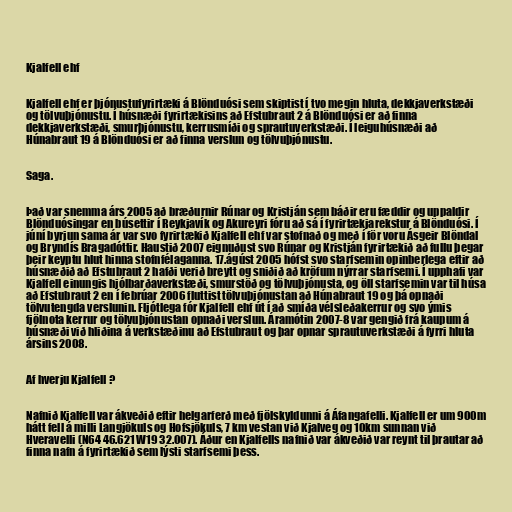
Kjalfell ehf

Kjalfell ehf er þjónustufyrirtæki á Blönduósi sem skiptist í tvo megin hluta, dekkjaverkstæði
og tölvuþjónustu. Í húsnæði fyrirtækisins að Efstubraut 2 á Blönduósi er að finna
dekkjaverkstæði, smurþjónustu, kerrusmíði og sprautuverkstæði. Í leiguhúsnæði að
Húnabraut 19 á Blönduósi er að finna verslun og tölvuþjónustu.

Saga.

Það var snemma árs 2005 að bræðurnir Rúnar og Kristján sem báðir eru fæddir og uppaldir
Blönduósingar en búsettir í Reykjavík og Akureyri fóru að sá í fyrirtækjarekstur á Blönduósi. Í
júní byrjun sama ár var svo fyrirtækið Kjalfell ehf var stofnað og með í för voru Ásgeir Blöndal
og Bryndís Bragadóttir. Haustið 2007 eignuðust svo Rúnar og Kristján fyrirtækið að fullu þegar
þeir keyptu hlut hinna stofnfélaganna. 17.ágúst 2005 hófst svo starfsemin opinberlega eftir að
húsnæðið að Efstubraut 2 hafði verið breytt og sniðið að kröfum nýrrar starfsemi. Í upphafi var
Kjalfell einungis hjólbarðaverkstæði, smurstöð og tölvuþjónusta, og öll starfsemin var til húsa
að Efstubraut 2 en í febrúar 2006 fluttist tölvuþjónustan að Húnabraut 19 og þá opnaði
tölvutengda verslunin. Fljótlega fór Kjalfell ehf út í að smíða vélsleðakerrur og svo ýmis
fjölnota kerrur og tölvuþjónustan opnaði verslun. Áramótin 2007-8 var gengið frá kaupum á
húsnæði við hliðina á verkstæðinu að Efstubraut og þar opnar sprautuverkstæði á fyrri hluta
ársins 2008.

Af hverju Kjalfell ?

Nafnið Kjalfell var ákveðið eftir helgarferð með fjölskyldunni á Áfangafelli. Kjalfell er um 900m
hátt fell á milli Langjökuls og Hofsjökuls, 7 km vestan við Kjalveg og 10km sunnan við
Hveravelli (N64 46.621 W19 32.007). Áður en Kjalfells nafnið var ákveðið var reynt til þrautar að
finna nafn á fyrirtækið sem lýsti starfsemi þess.